Vaccination in the Punjab 1897-1904 - 1897-1904
Year: 1897
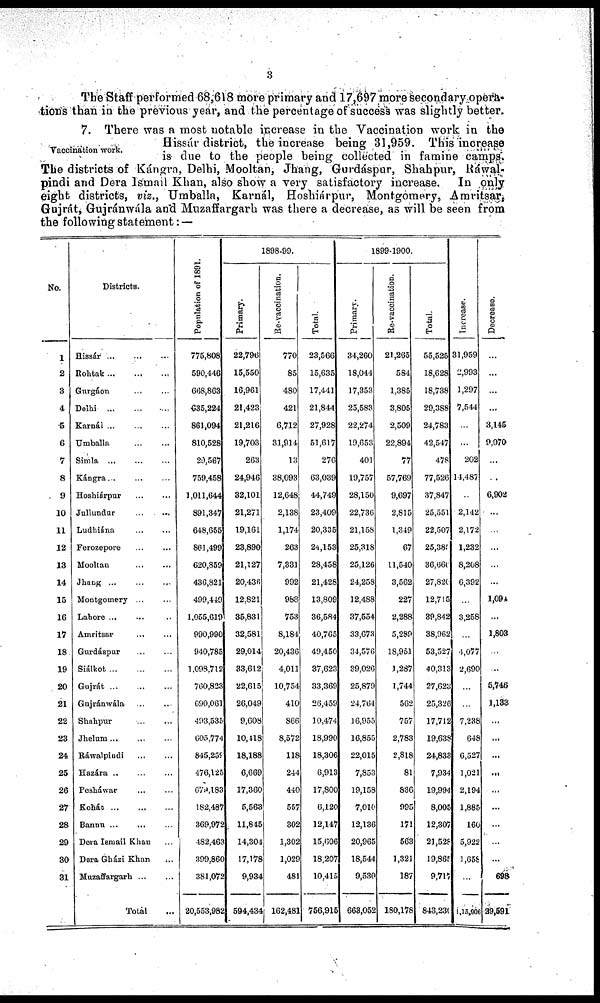
3
The Staff performed 68,618 more primary and 17,697 more secondary opera-
tions than in the previous year, and the percentage of success was slightly better.
Vaccination work.
7. There was a most notable increase in the Vaccination work in the
Hissár district, the increase being 31,959. This increase
is due to the people being collected in famine camps.
The districts of Kángra, Delhi, Mooltan, Jhang, Gurdáspur, Shahpur, Ráwal¬
pindi and Dera Ismail Khan, also show a very satisfactory increase. In only
eight districts, viz., Umballa, Karnál, Hoshiárpur, Montgomery, Amritsar
Gujrát, Gujránwála and Muzaffargarh was there a decrease, as will be seen from
the following statement: —
No.
1
2
3
4
6
6
7
8
9
10
11
12
13
14
15
16
17
18
19
20
21
22
23
24
25
26
27
28
29
30
31
Districts.
Hissár ... ... ...
Rohtak
...
...
...
Gurgáon ... ... ...
Delhi ... ... ...
Karnál
...
...
...
Umballa ... ... ...
Simla ... ... ...
Kángra ... ... ...
Hoshiárpur ... ... ...
Jullundur ... ... ...
Ludhána ... ... ...
Ferozepore ... ... ...
Mooltan ... ... ...
Jhang ... ... ...
Montgomery ... ... ...
Lahore ... ... ...
Amritsar ... ... ...
Gurdáspur ... ... ...
Siálkot
...
...
...
Gujrát
...
...
...
Gujránwála ... ... ...
Shahpur ... ... ...
Jhelum ... ... ...
Ráwalpindi ... ... ...
Hazára ... ... ...
Pesháwar ... ... ...
Kohát
...
...
...
Bannu ... ... ...
Dera Ismail Khan ...
Dera Gházi Khan ...
Muzaffargarh
...
...
Total ...
Population of 1891.
775,808
590,446
668,863
635,224
861,094
810,528
29,567
759,458
1,011,644
891,347
648,655
861,499
620,859
436,821
499,449
1,055,619
990,990
940,785
1,098,712
760,823
690,061
493,535
605,774
845,259
476,125
679,183
182,487
369,972
482,463
399,860
381,072
20,553,982
1898-99.
Primary.
22,796
15,550
16,961
21,423
21,216
19,703
263
24,946
32,101
21,271
19,161
23,890
21,127
20,436
12,821
35,831
32,581
29,014
33,612
22,615
26,049
9,608
10,418
18,188
6,669
17,360
5,563
11,845
14,304
17,178
9,934
594,434
Re-vaccination.
770
85
480
421
6,712
31,914
13
38,093
12,648
2,138
1,174
263
7,331
992
988
753
8,184
20,436
4,011
10,754
410
866
8,572
118
244
440
557
302
1,302
1,029
481
162,481
Total.
23,566
15,635
17,441
21,844
27,928
51,617
276
63,039
44,749
23,409
20,335
24,153
28,458
21,428
13,809
36,584
40,765
49,450
37,623
33,369
26,459
10,474
18,990
18,306
6,913
17,800
6,120
12,147
15,606
18,207
10,415
756,915
1899-1900.
Primary.
34,260
18,044
17,353
25,583
22,274
19,653
401
19,757
28,150
22,736
21,158
25,318
25,126
24,258
12,488
37,554
33,673
34,576
39,026
25,879
24,764
16,955
16,855
22,015
7,853
19,158
7,010
12,136
20,965
18,544
9,530
663,052
Re-vaccination.
21,265
584
1,385
3,805
2,509
22,894
77
57,769
9,697
2,815
1,349
67
11,540
3,562
227
2,288
5,289
18,951
1,287
1,744
562
757
2,783
2,818
81
836
995
171
563
1,321
187
180,178
Total.
55,525
18,628
18,738
29,388
24,783
42,547
478
77,526
37,847
25,551
22,507
25,385
36,666
27,820
12,715
39,842
38,962
53,527
40,313
27,623
25,326
17,712
19,638
24,833
7,934
19,994
8,005
12,307
21,528
19,865
9,717
843,230
Increase.
31,959
2,993
1,297
7,544
...
...
202
14,487
...
2,142
2,172
1,232
8,208
6,392
...
3,258
...
4,077
2,690
...
...
7,238
648
6,527
1,021
2,194
1,885
160
5,922
1,658
...
15,906
Decrease.
...
...
...
...
3,145
9,070
...
...
6,902
...
...
...
...
...
1,094
...
1,803
...
...
5,746
1,133
...
...
...
...
...
...
...
...
...
698
29,591